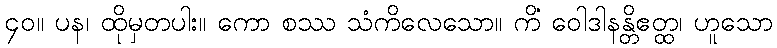
၄၀။ ပန၊ ထိုမှတပါး။ ကော စဿ သံကိလေသော။ ကိံ ဝေါဒါနန္တိဧတ္ထ၊ ဟူသော